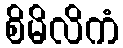
စိမိလိကံ